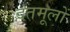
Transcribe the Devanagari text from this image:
दंतमूलों